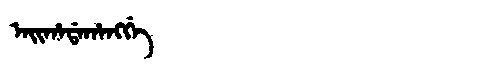
Manchu: ᠠᡳᡥᠠᡩᠠᡥᠠᠩᡤᡝ
Romanization: AIHADAHANGGE